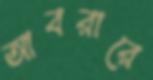
আবরারে